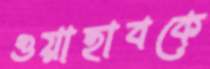
ওয়াহাবকে